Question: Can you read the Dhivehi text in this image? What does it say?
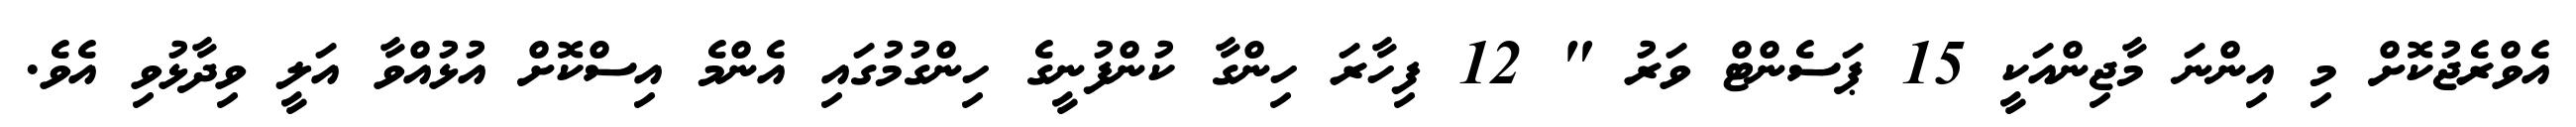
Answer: އެވްރެޖުކޮށް މި އިންނަ މާޖިންއަކީ 15 ޕަސެންޓް ވަރު " 12 ފިހާރަ ހިންގާ ކުންފުނީގެ ހިންގުމުގައި އެންމެ އިސްކޮށް އުޅުއްވާ އަލީ ވިދާޅުވި އެވެ.